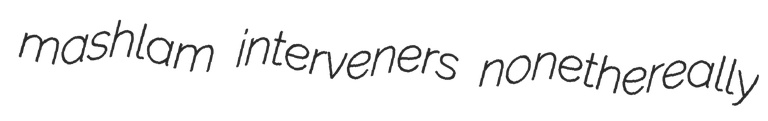
mashlam interveners nonethereally